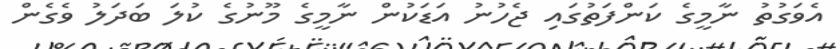
އެވަގުތު ނާމީގެ ކަންފަތުގައި ޖެހުނު އަޑަކުން ނާމީގެ މޫނުގެ ކުލަ ބަދަލު ވެގެން